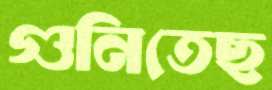
গুনিতেছ